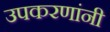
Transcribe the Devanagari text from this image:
उपकरणांनी